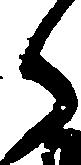
御